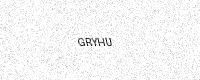
Text: GRYHU